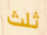
ثلث